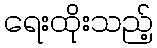
ရေးထိုးသည့်